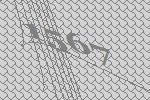
1567